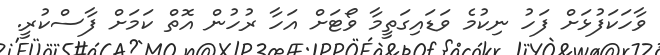
ވާހަކަފުޅަށް ފަހު ނިކުމެ ވަޑައިގަތީމާ ވޯޓަށް އަހާ ރުހުން އޮތް ކަމަށް ފާސްކުރީ.